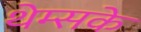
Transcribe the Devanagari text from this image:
थेम्सके